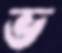
ভ